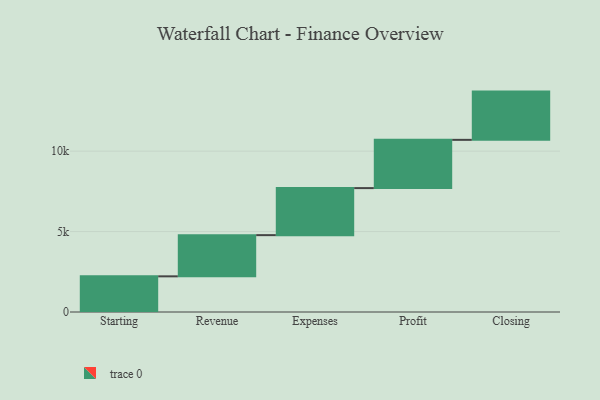
{"axis": {"x": "Step", "y": "Value"}, "legend": [""], "data": [{"x": "Starting", "y": 2217.0, "type": ""}, {"x": "Revenue", "y": 2562.0, "type": ""}, {"x": "Expenses", "y": 2925.0, "type": ""}, {"x": "Profit", "y": 3000, "type": ""}, {"x": "Closing", "y": 3000, "type": ""}]}